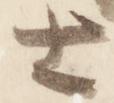
士